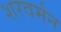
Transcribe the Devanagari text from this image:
शरवर्मन